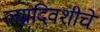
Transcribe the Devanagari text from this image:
लग्नदिवशीचे